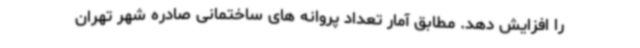
را افزایش دهد. مطابق آمار تعداد پروانه های ساختمانی صادره شهر تهران